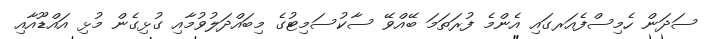
ސަދަން ހެމިސްފެއަރގައި އެންމެ ފުރަތަމަ ބޭއްވޭ ސާކުސަމިޓުގެ މިބައްދަލުވުމާއި ގުޅިގެން މުޅި އައްޑޫއާއި